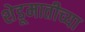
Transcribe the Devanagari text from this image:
शेडूमातीच्या